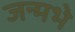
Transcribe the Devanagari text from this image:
जन्मभे